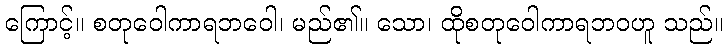
ကြောင့်။ စတုဝေါကာရဘဝေါ၊ မည်၏။ သော၊ ထိုစတုဝေါကာရဘဝဟူ သည်။